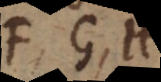
F, G,